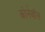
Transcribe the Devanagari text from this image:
कोर्नवॉल